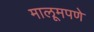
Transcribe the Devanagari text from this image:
मालूमपणे